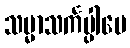
သမ္မာသင်္ကပ္ပါပေ